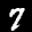
Label: 7